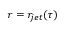
r = r _ { j e t } ( \tau )